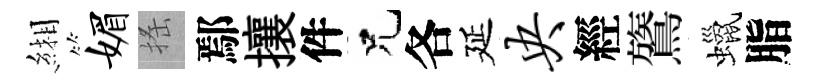
緗媚搖鄢攘件兄各延央經鷟蠟脂